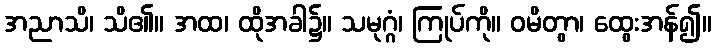
အညာသိ၊ သိ၏။ အထ၊ ထိုအခါ၌။ သမုဂ္ဂံ၊ ကြုပ်ကို။ ဝမိတွာ၊ ထွေးအန်၍။